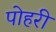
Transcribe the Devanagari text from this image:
पोहरी